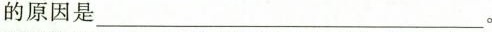
的原因是_____。